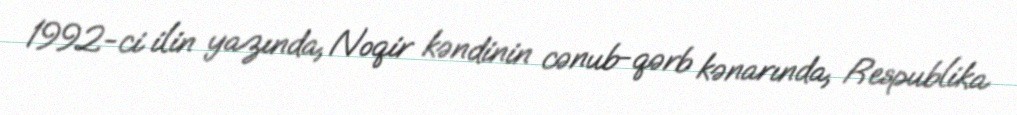
1992-ci ilin yazında, Noqir kəndinin cənub-qərb kənarında, Respublika